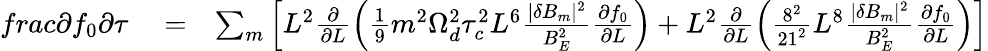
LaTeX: \begin{array}{rlr}{frac{\partial f_{0}}{\partial\tau}}&{{}=}&{\sum_{m}\left[L^{2}\frac{\partial}{\partial L}\left(\frac{1}{9}m^{2}\Omega_{d}^{2}\tau_{c}^{2}L^{6}\frac{|\delta B_{m}|^{2}}{B_{E}^{2}}\frac{\partial f_{0}}{\partial L}\right)+L^{2}\frac{\partial}{\partial L}\left(\frac{8^{2}}{21^{2}}L^{8}\frac{|\delta B_{m}|^{2}}{B_{E}^{2}}\frac{\partial f_{0}}{\partial L}\right)\right]}\end{array}